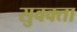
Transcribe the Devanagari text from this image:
सुवक्‍ता